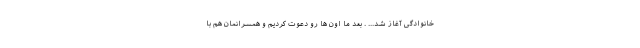
خانوادگی آغاز شد... . بعد ما اون ها رو دعوت کردیم و همسرانمان هم با